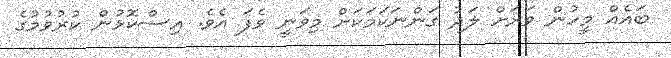
ބައެއް މީހުން ވަރަށް ލަދު ގަންނަކަމަކަށް މިވަނީ ވެފަ އެވެ. އިސްކޮޅުން ކުރުވުމުގެ